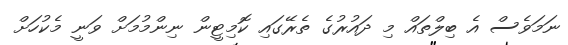
ނަމަވެސް އެ ބިލްތައް މި ދައުރުގެ ތެރޭގައި ކޮމިޓީން ނިންމުމަށް ވަނީ މެކުހަށް